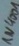
Text: 1N4001